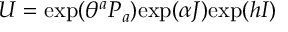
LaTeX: U = \mathrm { e x p } ( \theta ^ { a } P _ { a } ) \mathrm { e x p } ( \alpha J ) \mathrm { e x p } ( h I )